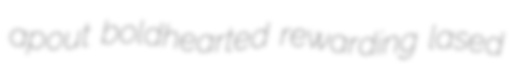
apout boldhearted rewarding lased